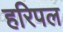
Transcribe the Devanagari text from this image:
हरिपल